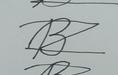
Signature authenticity: forged